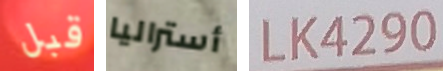
قبل أستراليا LK4290